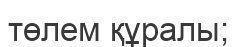
төлем құралы;